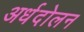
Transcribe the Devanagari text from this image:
अर्धदोलन